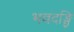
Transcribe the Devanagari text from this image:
भवदङ्घ्रि